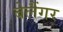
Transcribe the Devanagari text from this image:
बेलैंगर